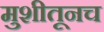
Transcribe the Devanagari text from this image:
मुशीतूनच